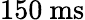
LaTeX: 150~\mathrm{ms}